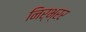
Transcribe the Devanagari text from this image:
निर्भ्रर